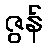
ဇွန်